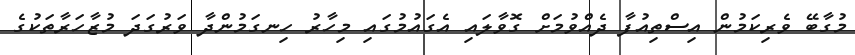
މުގާބޭ ވެރިކަމުން އިސްތިއުފާ ދެއްވުމަށް ގޮވާލައި އެގައުމުގައި މިހާރު ހިނގަމުންދާ ވަރުގަދަ މުޒާހަރާތަކުގެ